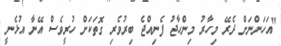
"އަހަންނަށް ދެރޭ މިހާރު މިންހާޖު ފެނިއްޖެ ބިރުވެރި ގޮތަކަށް ހުރީވެސް އޭނާ އުޅެނީ